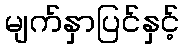
မျက်နှာပြင်နှင့်